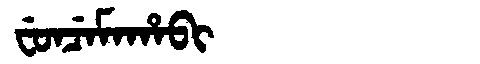
Manchu: ᠸᡠᠨᠴᡝᠮᠠᡥᠠᠪᡳ
Romanization: FUNCEMAHABI